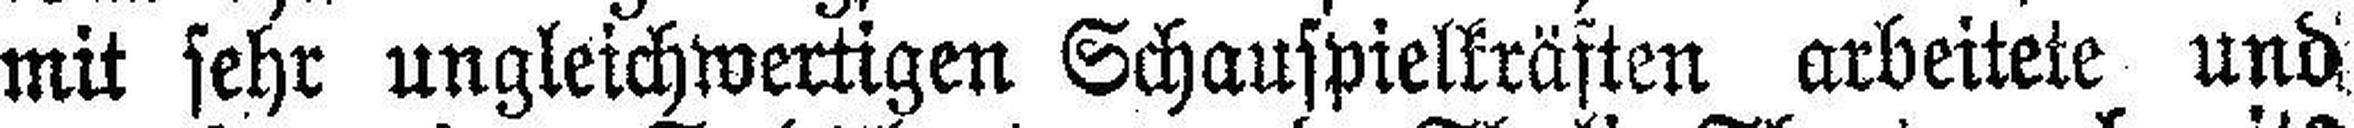
mit sehr ungleichwertigen Schauspielkräften arbeitete und